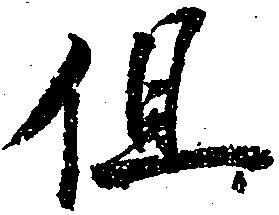
但